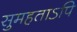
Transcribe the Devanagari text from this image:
सुमहताऽपि